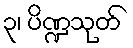
၃၊ ပိဏ္ဍသုတ်